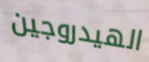
الهيدروجين